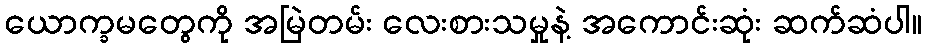
ယောက္ခမတွေကို အမြဲတမ်း လေးစားသမှုနဲ့ အကောင်းဆုံး ဆက်ဆံပါ။